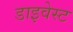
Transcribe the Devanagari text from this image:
डाइवेस्ट